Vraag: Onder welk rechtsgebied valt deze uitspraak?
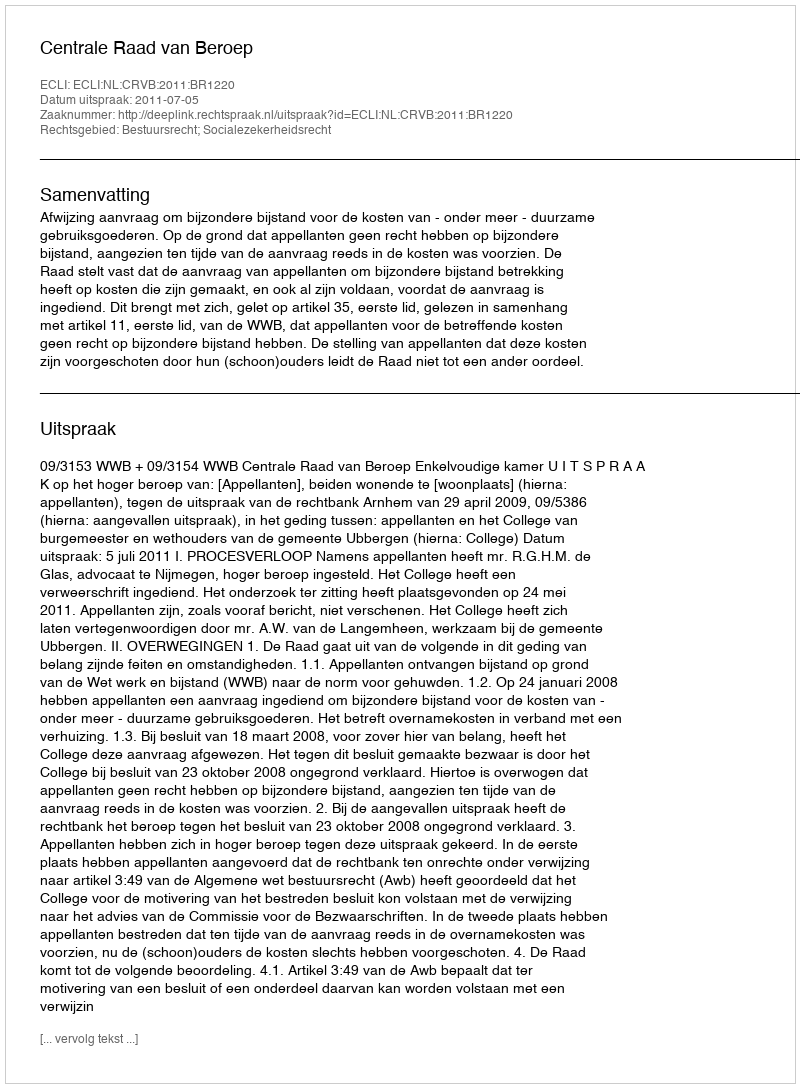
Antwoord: Bestuursrecht; Socialezekerheidsrecht